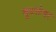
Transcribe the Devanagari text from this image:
बूटलेगर